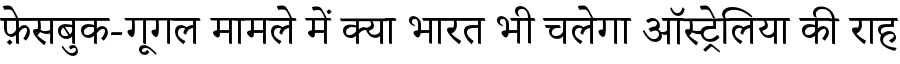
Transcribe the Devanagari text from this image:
फ़ेसबुक-गूगल मामले में क्या भारत भी चलेगा ऑस्ट्रेलिया की राह